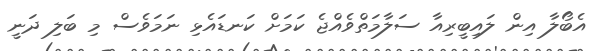
އެބޯލާ އިން ލައިބީރިއާ ސަލާމަތްވެއްޖެ ކަމަށް ކަނޑައެޅި ނަމަވެސް މި ބަލި ދަނީ